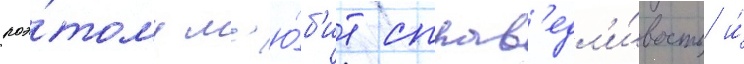
поэ́тому л'ю́б'ит справ'едл'и́вость и́